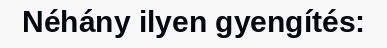
Néhány ilyen gyengítés: